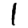
Digit: 1